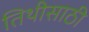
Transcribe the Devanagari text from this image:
तिथीसाठी